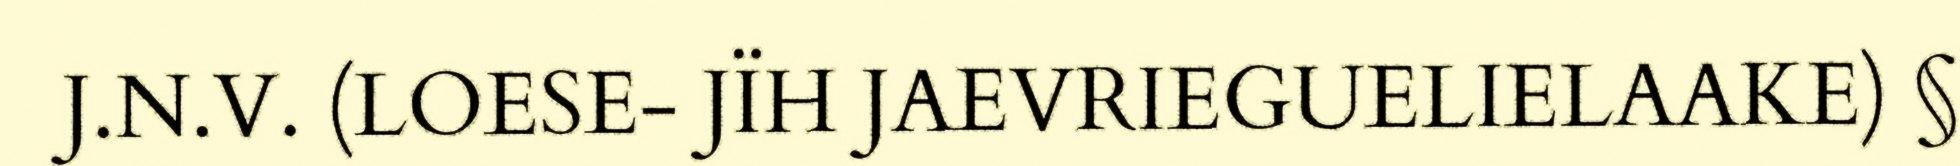
J.N.V. (LOESE- JÏH JAEVRIEGUELIELAAKE) §